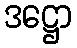
ဒဋ္ဌော